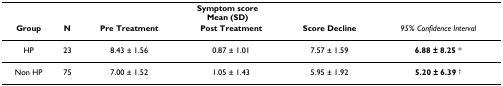
<table><thead><tr><td></td><td></td><td colspan="3"><b>Symptom scoreMean (SD)</b></td><td></td></tr><tr><td><b>Group</b></td><td><b>N</b></td><td><b>Pre Treatment</b></td><td><b>Post Treatment</b></td><td><b>Score Decline</b></td><td><b><i>95% Confidence Interval</i></b></td></tr></thead><tbody><tr><td>HP</td><td>23</td><td>8.43 ± 1.56</td><td>0.87 ± 1.01</td><td>7.57 ± 1.59</td><td><b>6.88 ± 8.25 </b>*</td></tr><tr><td>Non HP</td><td>75</td><td>7.00 ± 1.52</td><td>1.05 ± 1.43</td><td>5.95 ± 1.92</td><td><b>5.20 ± 6.39 </b><sup>†</sup></td></tr></tbody></table>